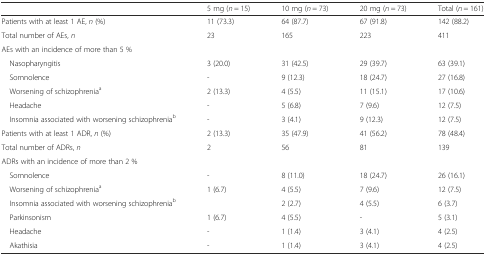
<table><thead><tr><td></td><td><b>5 mg (<i>n</i> = 15)</b></td><td><b>10 mg (<i>n</i> = 73)</b></td><td><b>20 mg (<i>n</i> = 73)</b></td><td><b>Total (<i>n</i> = 161)</b></td></tr></thead><tbody><tr><td>Patients with at least 1 AE, <i>n</i> (%)</td><td>11 (73.3)</td><td>64 (87.7)</td><td>67 (91.8)</td><td>142 (88.2)</td></tr><tr><td>Total number of AEs, <i>n</i></td><td>23</td><td>165</td><td>223</td><td>411</td></tr><tr><td colspan="5">AEs with an incidence of more than 5 %</td></tr><tr><td> Nasopharyngitis</td><td>3 (20.0)</td><td>31 (42.5)</td><td>29 (39.7)</td><td>63 (39.1)</td></tr><tr><td> Somnolence</td><td>-</td><td>9 (12.3)</td><td>18 (24.7)</td><td>27 (16.8)</td></tr><tr><td> Worsening of schizophrenia<sup>a</sup></td><td>2 (13.3)</td><td>4 (5.5)</td><td>11 (15.1)</td><td>17 (10.6)</td></tr><tr><td> Headache</td><td>-</td><td>5 (6.8)</td><td>7 (9.6)</td><td>12 (7.5)</td></tr><tr><td> Insomnia associated with worsening schizophrenia<sup>b</sup></td><td>-</td><td>3 (4.1)</td><td>9 (12.3)</td><td>12 (7.5)</td></tr><tr><td>Patients with at least 1 ADR, <i>n</i> (%)</td><td>2 (13.3)</td><td>35 (47.9)</td><td>41 (56.2)</td><td>78 (48.4)</td></tr><tr><td>Total number of ADRs, <i>n</i></td><td>2</td><td>56</td><td>81</td><td>139</td></tr><tr><td colspan="5">ADRs with an incidence of more than 2 %</td></tr><tr><td> Somnolence</td><td>-</td><td>8 (11.0)</td><td>18 (24.7)</td><td>26 (16.1)</td></tr><tr><td> Worsening of schizophrenia<sup>a</sup></td><td>1 (6.7)</td><td>4 (5.5)</td><td>7 (9.6)</td><td>12 (7.5)</td></tr><tr><td> Insomnia associated with worsening schizophrenia<sup>b</sup></td><td></td><td>2 (2.7)</td><td>4 (5.5)</td><td>6 (3.7)</td></tr><tr><td> Parkinsonism</td><td>1 (6.7)</td><td>4 (5.5)</td><td>-</td><td>5 (3.1)</td></tr><tr><td> Headache</td><td>-</td><td>1 (1.4)</td><td>3 (4.1)</td><td>4 (2.5)</td></tr><tr><td> Akathisia</td><td>-</td><td>1 (1.4)</td><td>3 (4.1)</td><td>4 (2.5)</td></tr></tbody></table>